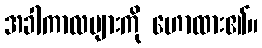
အခါကာလများကို ဟောထား၏။